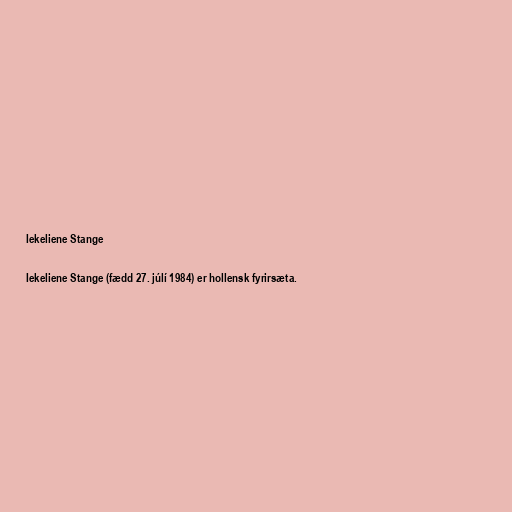
Iekeliene Stange

Iekeliene Stange (fædd 27. júlí 1984) er hollensk fyrirsæta.